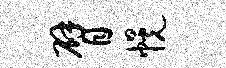
臂幌